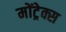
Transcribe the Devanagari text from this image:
मोंट्रेक्स